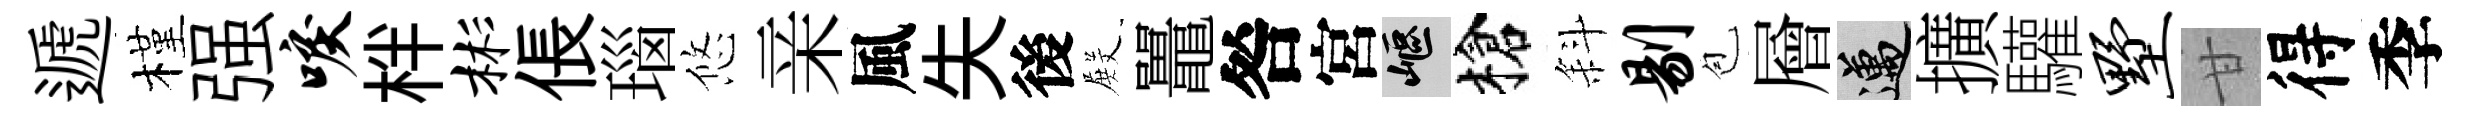
遞槿强唳柈彬倀瑙悠亲風失後𭮺鼉咎宮嶇槍斜剔苞層邁擴驩墅甘得季